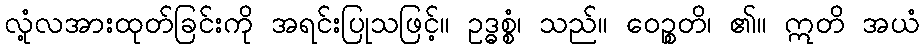
လုံ့လအားထုတ်ခြင်းကို အရင်းပြုသဖြင့်။ ဥဒ္ဓစ္စံ၊ သည်။ ဝေဉ္စတိ၊ ၏။ ဣတိ အယံ